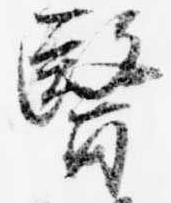
医